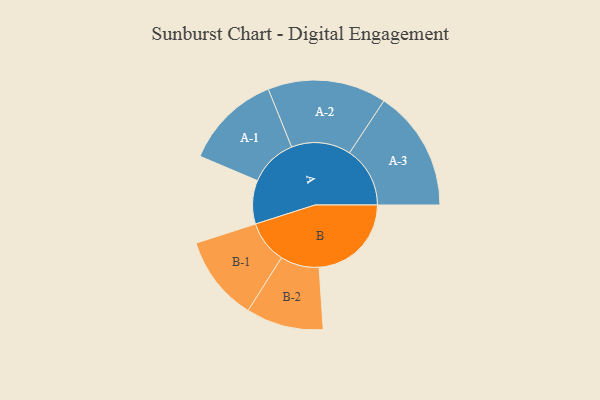
{"axis": {"x": "Segment", "y": "Value"}, "legend": ["", "A", "B"], "data": [{"x": "A", "y": 188, "type": ""}, {"x": "B", "y": 398, "type": ""}, {"x": "A-1", "y": 208, "type": "A"}, {"x": "A-2", "y": 256, "type": "A"}, {"x": "A-3", "y": 261, "type": "A"}, {"x": "B-1", "y": 184, "type": "B"}, {"x": "B-2", "y": 167, "type": "B"}]}